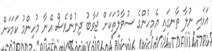
އަޅައި ނުލާ ތާނގައި އެމީހުންގެ ސުވާލުތަކަށް ޖަވާބު ދިނުންވެސް އޭނާ މުހިންމު ކަމަކަށް